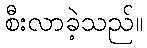
စီးလာခဲ့သည်။